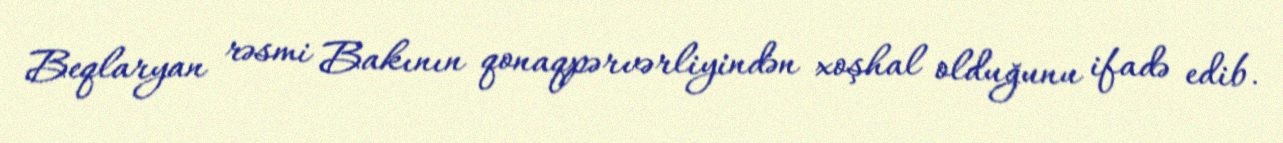
Beqlaryan rəsmi Bakının qonaqpərvərliyindən xoşhal olduğunu ifadə edib.